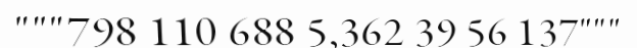
"""798 110 688 5,362 39 56 137"""